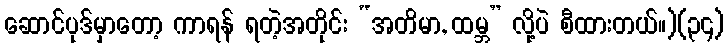
ဆောင်ပုဒ်မှာတော့ ကာရန် ရတဲ့အတိုင်း “အတိမာ, ထမ္ဘ” လို့ပဲ စီထားတယ်။)(၃၄)